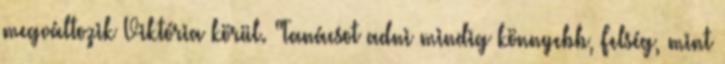
megváltozik Viktória körül. "Tanácsot adni mindig könnyebb, Felség, mint